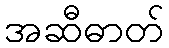
အဆီဓာတ်